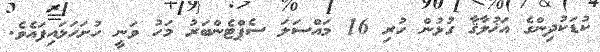
ކުޑަކުދިންގެ އަޚުލާޤާ ގުޅުން ހުރި 16 މައްސަލަ ސެޕްޓެންބަރު މަހު ވަނީ ހުށަހަޅައިފައެވެ.